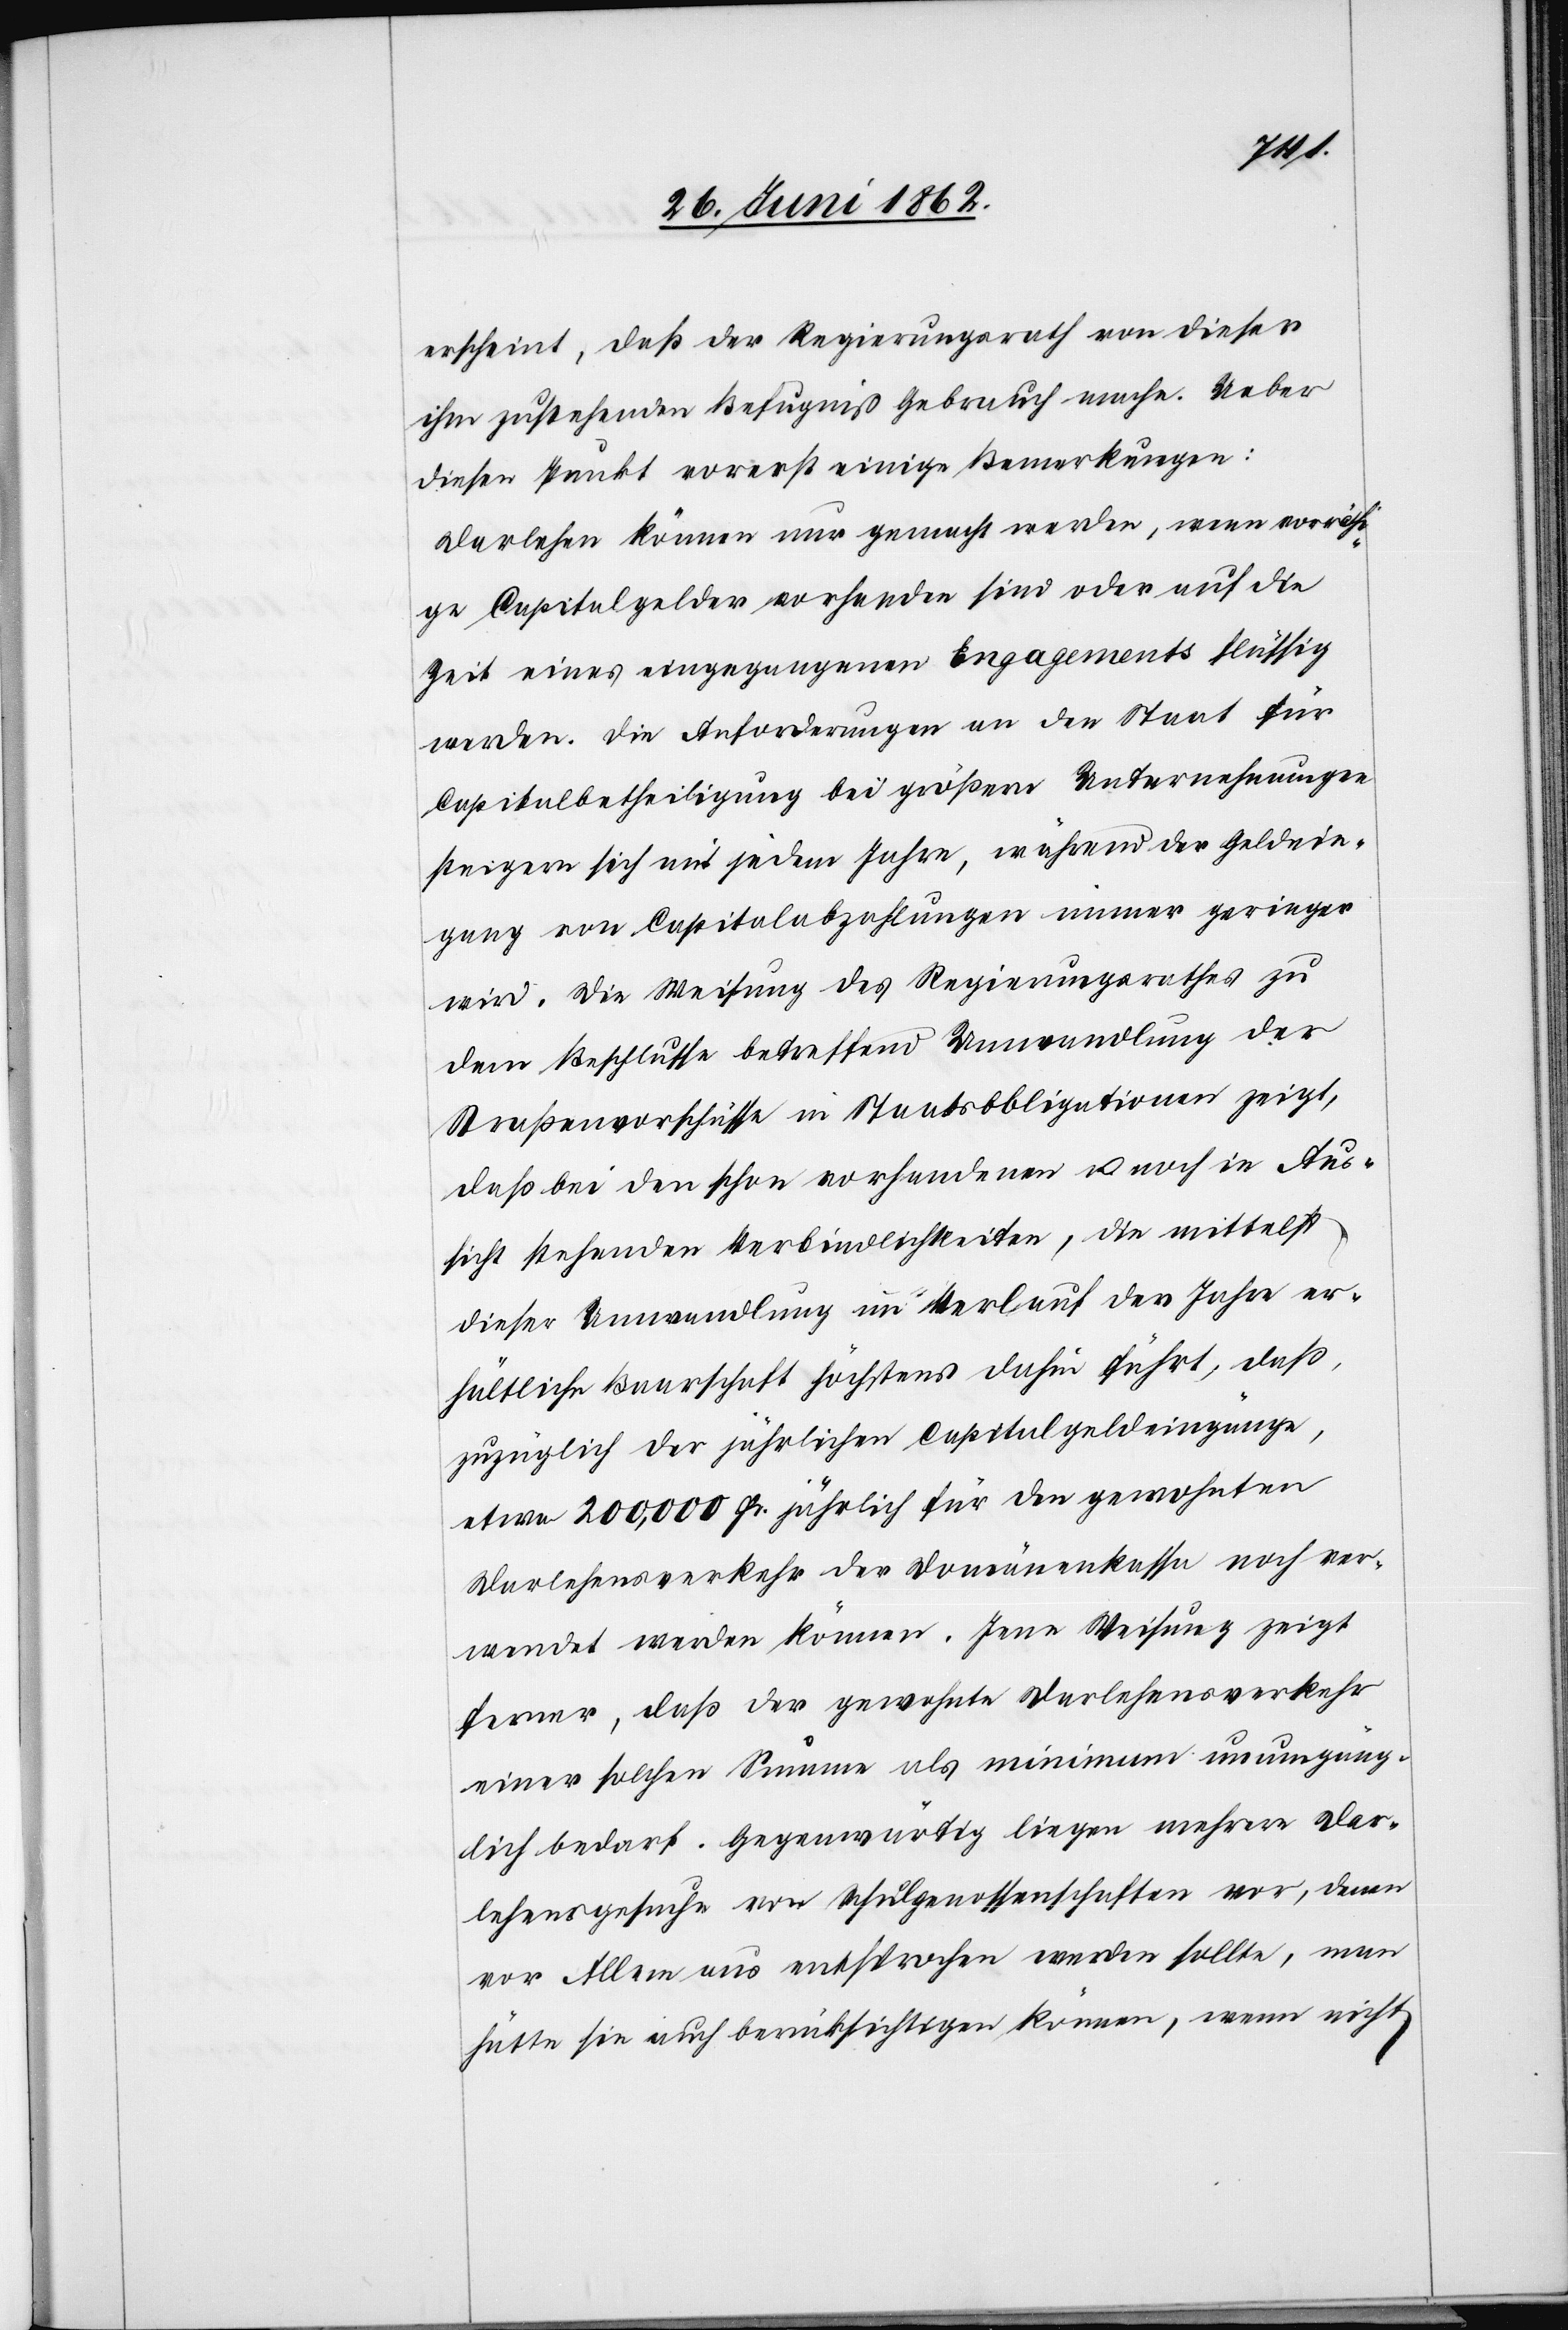
erscheint, daß der Regierungsrath von dieser
ihm zustehenden Befugniß Gebrauch mache. Ueber
diesen Punkt vorerst einige Bemerkungen:
Darlehen können nur gemacht werden, wenn vorräth¬
ige Capitalgelder vorhanden sind oder auf die
Zeit eines eingegangenen Engagements flüssig
werden. Die Anforderungen an den Staat für
Capitalbetheiligung bei größern Unternehmungen
steigern sich mit jedem Jahre, während der Geldein¬
gang von Capitalabzahlungen immer geringer
wird. Die Weisung des Regierungsrathes zu
dem Beschlusse betreffend Umwandlung der
Straßenvorschüsse in Staatsobligationen zeigt,
daß bei den schon vorhandenen u. noch in Aus¬
sicht stehenden Verbindlichkeiten, die mittelst
dieser Umwandlung im Verlauf der Jahre er¬
hältliche Baarschaft höchstens dahin führt, daß,
zuzüglich der jährlichen Capitalgeldeingänge,
etwa 200,000 Fr. jährlich für den gewohnten
Darlehensverkehr der Domänenkassa noch ver¬
wendet werden können. Jene Weisung zeigt
ferner, daß der gewohnte Darlehensverkehr
einer solchen Summe als minimum unumgäng¬
lich bedarf. Gegenwärtig liegen mehrere Dar¬
lehensgesuche von Schulgenossenschaften vor, denen
vor Allem aus entsprochen werden sollte, man
hätte sie auch berücksichtigen können, wenn nicht